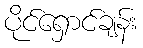
ပိုင်ရှောင်ချန်း